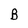
Character: B